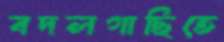
বদলগাছিতে